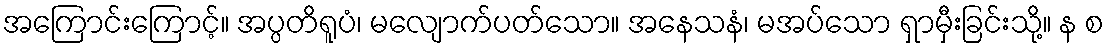
အကြောင်းကြောင့်။ အပ္ပတိရူပံ၊ မလျောက်ပတ်သော။ အနေသနံ၊ မအပ်သော ရှာမှီးခြင်းသို့။ န စ